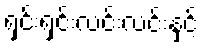
ရှင်းရှင်းလင်းလင်းနှင့်